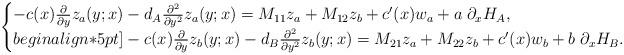
LaTeX: \begin{align*} \begin{cases} -c(x)\frac{\partial}{\partial y}z_a(y;x)-d_A\frac{\partial^2}{\partial y^2}z_a(y;x) = M_{11}z_a+M_{12}z_b+c^\prime(x)w_a+a\;\partial_xH_ A, \\begin{align*}5pt] -c(x)\frac{\partial}{\partial y}z_b(y;x)-d_B\frac{\partial^2}{\partial y^2}z_b(y;x) = M_{21}z_a+M_{22}z_b+c^\prime(x)w_b+b\;\partial_xH_B. \end{cases}\end{align*}